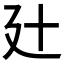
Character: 𢌗